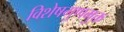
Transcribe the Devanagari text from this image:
विशेषगुणमुक्त